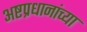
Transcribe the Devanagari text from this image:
अष्टप्रधानांच्या